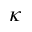
\kappa